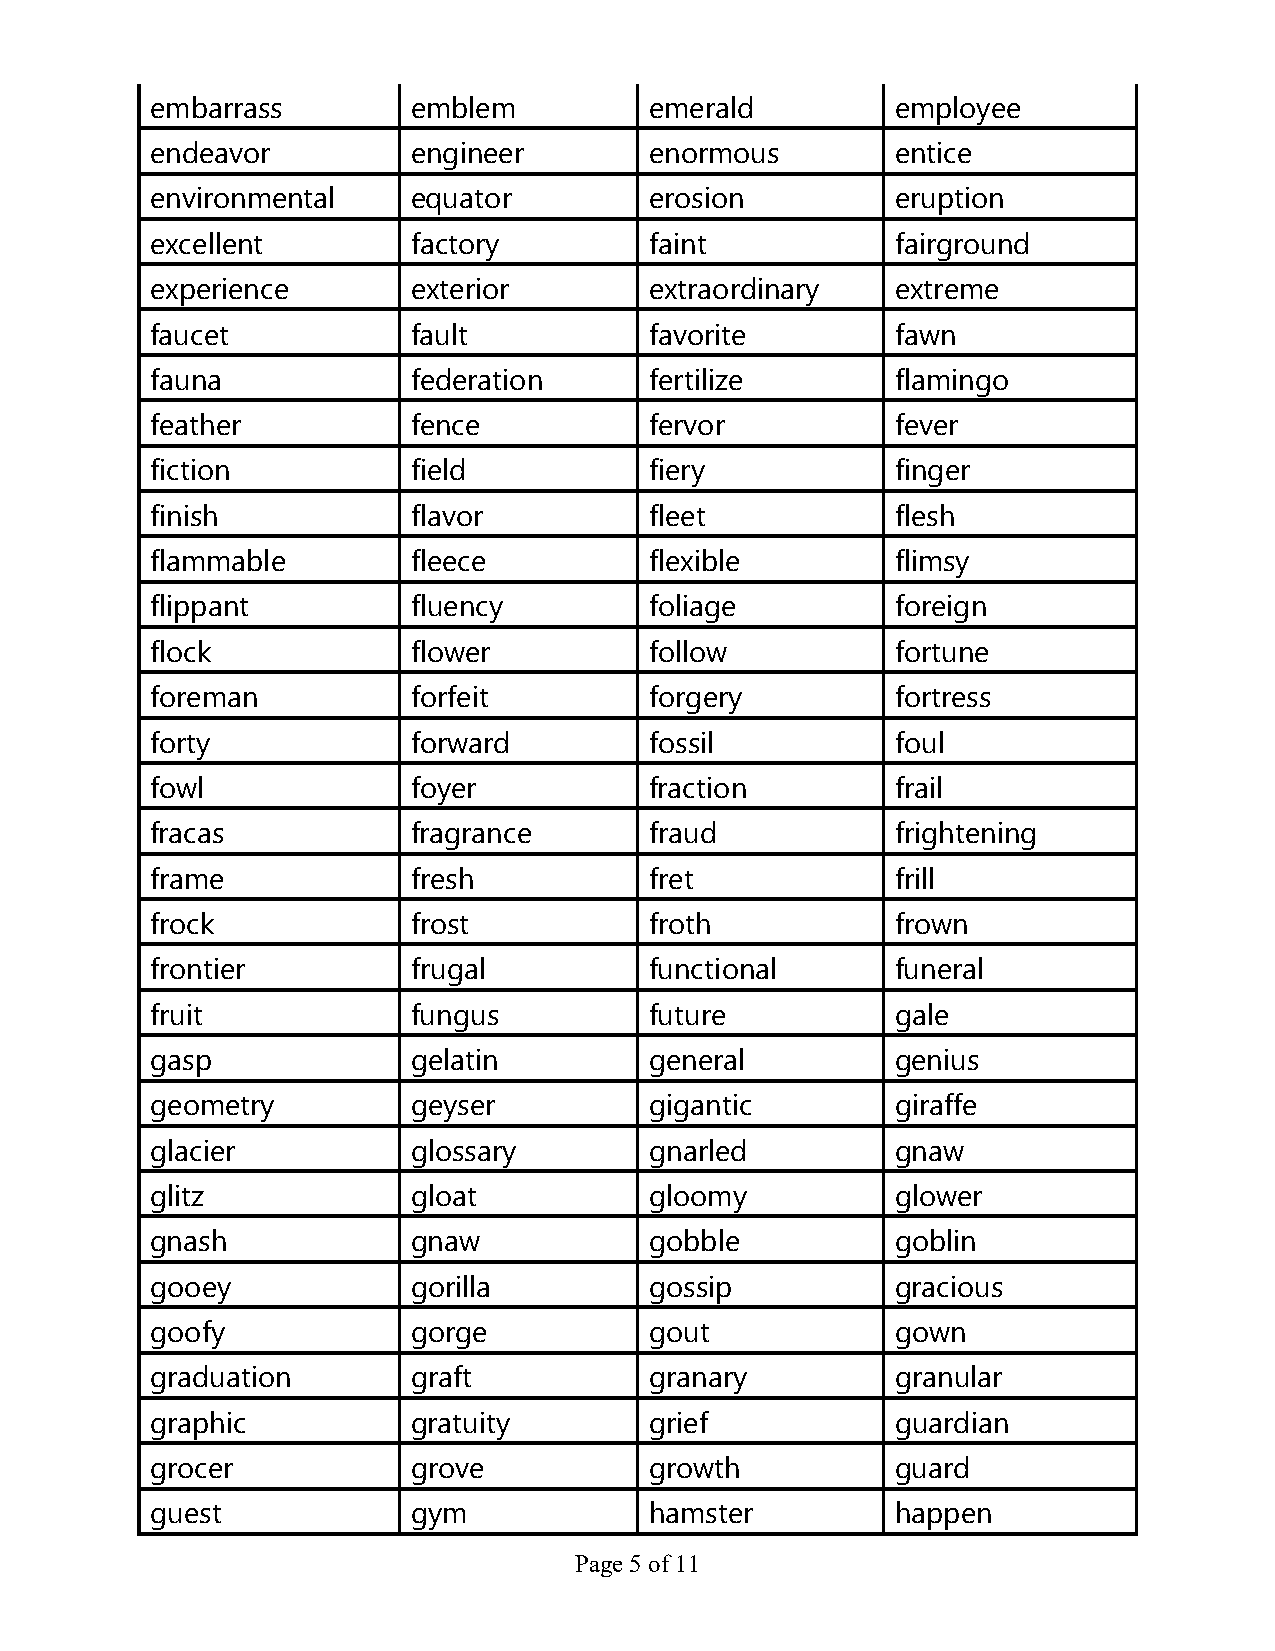
embarrass        emblem          emerald         employee
 endeavor         engineer        enormous        entice
 environmental    equator         erosion         eruption
 excellent        factory         faint           fairground
 experience       exterior        extraordinary   extreme
 faucet           fault           favorite        fawn
 fauna            federation      fertilize       flamingo
 feather          fence           fervor          fever
 fiction          field           fiery           finger
 finish           flavor          fleet           flesh
 flammable        fleece          flexible        flimsy
 flippant         fluency         foliage         foreign
 flock            flower          follow          fortune
 foreman          forfeit         forgery         fortress
 forty            forward         fossil          foul
 fowl             foyer           fraction        frail
 fracas           fragrance       fraud           frightening
 frame            fresh           fret            frill
 frock            frost           froth           frown
 frontier         frugal          functional      funeral
 fruit            fungus          future          gale
 gasp             gelatin         general         genius
 geometry         geyser          gigantic        giraffe
 glacier          glossary        gnarled         gnaw
 glitz            gloat           gloomy          glower
 gnash            gnaw            gobble          goblin
 gooey            gorilla         gossip          gracious
 goofy            gorge           gout            gown
 graduation       graft           granary         granular
 graphic          gratuity        grief           guardian
 grocer           grove           growth          guard
 guest            gym             hamster         happen
 Page 5 of 11